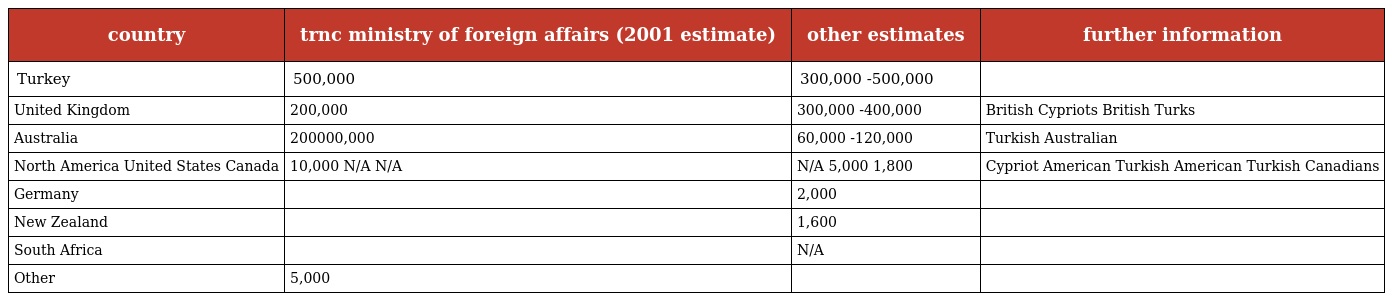
| country | trnc ministry of foreign affairs (2001 estimate) | other estimates | further information |
 | --- | --- | --- | --- |
 | Turkey | 500,000 | 300,000 -500,000 |  |
 | United Kingdom | 200,000 | 300,000 -400,000 | British Cypriots British Turks |
 | Australia | 200000,000 | 60,000 -120,000 | Turkish Australian |
 | North America United States Canada | 10,000 N/A N/A | N/A 5,000 1,800 | Cypriot American Turkish American Turkish Canadians |
 | Germany |  | 2,000 |  |
 | New Zealand |  | 1,600 |  |
 | South Africa |  | N/A |  |
 | Other | 5,000 |  |  |